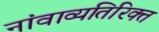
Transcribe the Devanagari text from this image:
नांवाव्यतिरिक्त